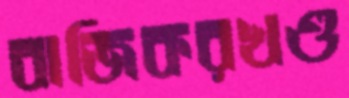
বাজিকরখণ্ড